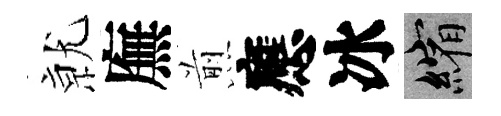
𭕒廡煎應冰縮